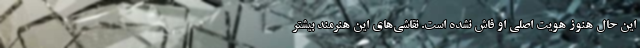
این حال هنوز هویت اصلی او فاش نشده است. نقاشی‌های این هنرمند بیشتر